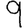
Digit: 9